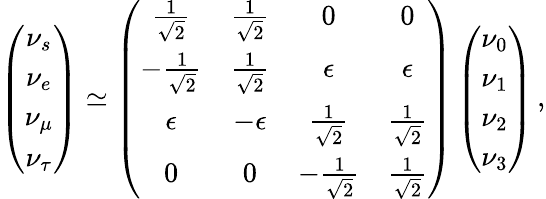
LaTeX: \left(\begin{array}{c}{{\nu_{s}}}\\ {{\nu_{e}}}\\ {{\nu_{\mu}}}\\ {{\nu_{\tau}}}\end{array}\right)\simeq\left(\begin{array}{cccc}{{{\frac{1}{\sqrt 2}}}}&{{{\frac{1}{\sqrt 2}}}}&{{0}}&{{0}}\\ {{-{\frac{1}{\sqrt 2}}}}&{{{\frac{1}{\sqrt 2}}}}&{{\epsilon}}&{{\epsilon}}\\ {{\epsilon}}&{{-\epsilon}}&{{{\frac{1}{\sqrt 2}}}}&{{{\frac{1}{\sqrt 2}}}}\\ {{0}}&{{0}}&{{-{\frac{1}{\sqrt 2}}}}&{{{\frac{1}{\sqrt 2}}}}\end{array}\right)\left(\begin{array}{c}{{\nu_{0}}}\\ {{\nu_{1}}}\\ {{\nu_{2}}}\\ {{\nu_{3}}}\end{array}\right)\, ,